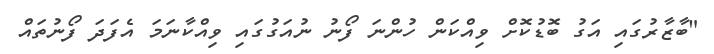
"ބާޒާރުގައި އަގު ބޮޑުކޮށް ވިއްކަން ހުންނަ ފޯނު ނުއަގުގައި ވިއްކާނަމަ އެފަދަ ފޯނުތައް